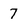
Character: 7